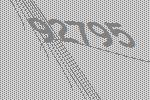
92795